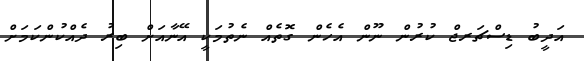
އަދީބު ޑިސްޗަރޖް ކުރުން ނޫން އެހެން ގޮތެއް ނެތުމަކީ އޭނާއަށް ބިރު ދެއްކުންކަމަށް